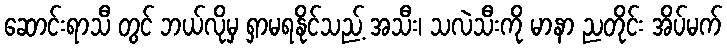
ဆောင်းရာသီ တွင် ဘယ်လိုမှ ရှာမရနိုင်သည့် အသီး၊ သလဲသီးကို မာနာ ညတိုင်း အိပ်မက်